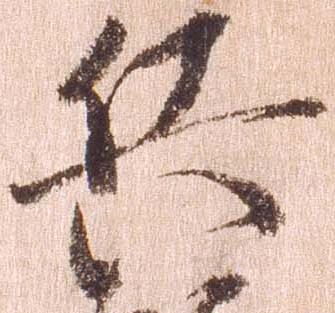
兵